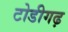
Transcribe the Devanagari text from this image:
टोडीगढ़